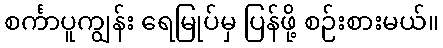
စင်္ကာပူကျွန်း ရေမြုပ်မှ ပြန်ဖို့ စဉ်းစားမယ်။